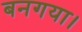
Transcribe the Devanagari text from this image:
बनगया।